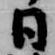
日